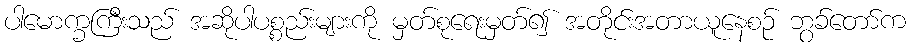
ပါမောက္ခကြီးသည် အဆိုပါပစ္စည်းများကို မှတ်စုရေးမှတ်၍ အတိုင်းအတာယူနေစဉ် ဘွခ်တော်က